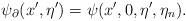
LaTeX: \begin{align*}\psi_\partial(x', \eta')=\psi(x', 0, \eta', \eta_n). \end{align*}